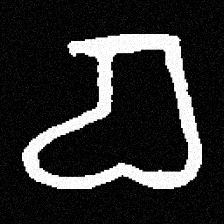
Pyu character \u2014 Myanmar letter: စ (romanized: ca)